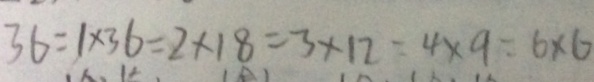
3 6 = 1 \times 3 6 = 2 \times 1 8 = 3 \times 1 2 = 4 \times 9 = 6 \times 6